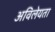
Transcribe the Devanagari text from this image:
अविलेयता